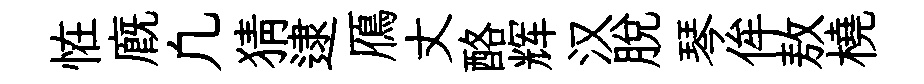
恠廐凢猜逮鴈丈酪辉汉脱琴侔敖橈